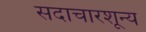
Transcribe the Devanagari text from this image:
सदाचारशून्य